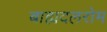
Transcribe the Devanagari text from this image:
बाह्यदलरोम